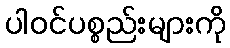
ပါဝင်ပစ္စည်းများကို